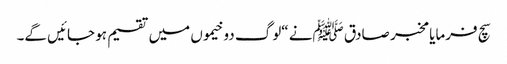
سچ فرمایا مخبر صادق ﷺنے “لوگ دو خیموں میں تقسیم ہو جائیں گے۔